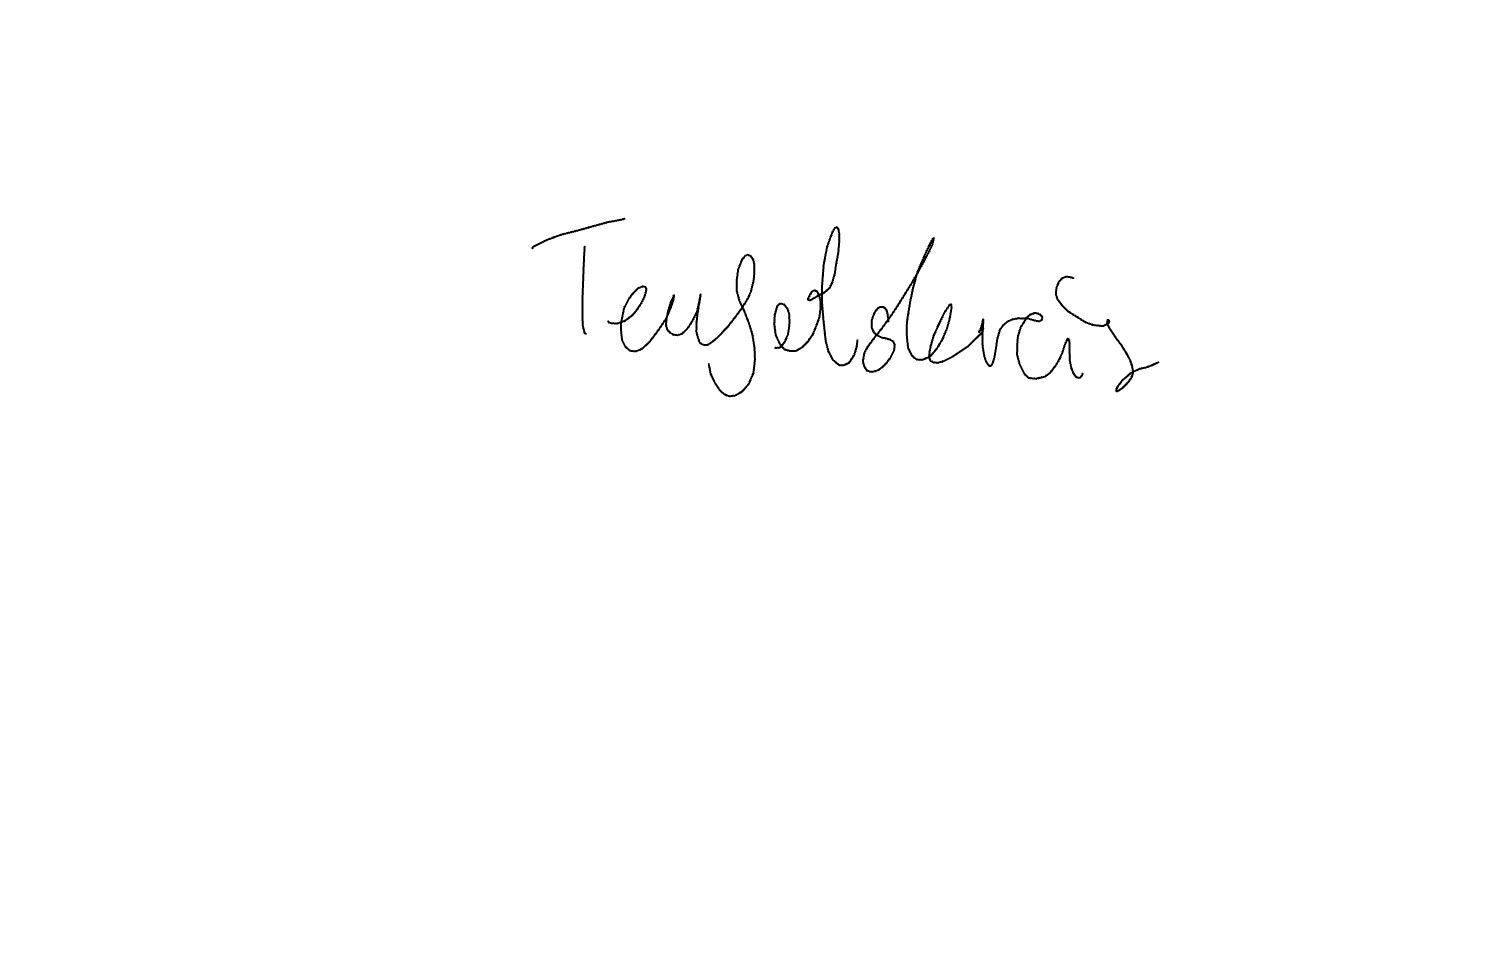
Text: Teufelskreis